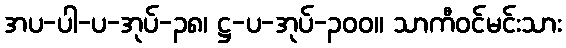
အပ-ပါ-ပ-အုပ်-၃၈၊ ဋ္ဌ-ပ-အုပ်-၃၀၀။ သာကီဝင်မင်းသား